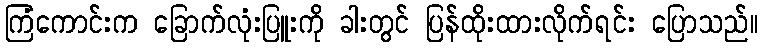
ကြံကောင်းက ခြောက်လုံးပြူးကို ခါးတွင် ပြန်ထိုးထားလိုက်ရင်း ပြောသည်။